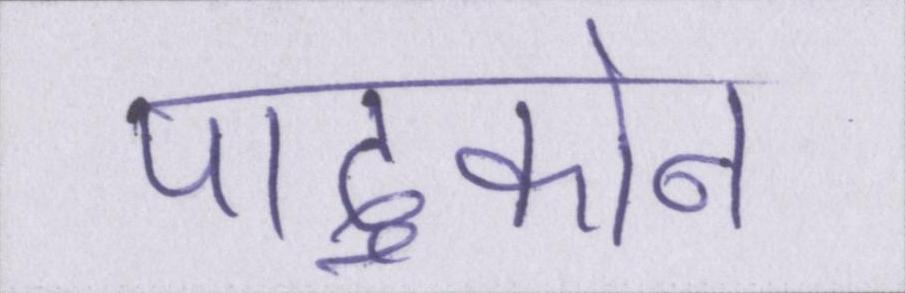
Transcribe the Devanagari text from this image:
पादुकोन